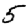
Digit: 5